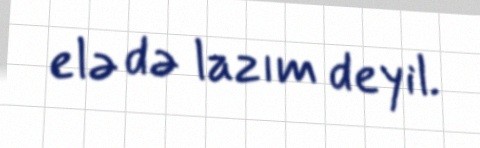
elə də lazım deyil.